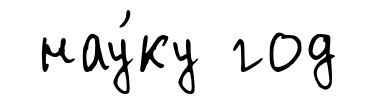
нау́ку год